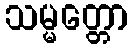
သမ္မတ္တော